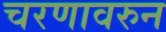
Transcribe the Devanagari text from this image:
चरणावरुन